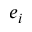
e _ { i }